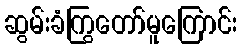
ဆွမ်းခံကြွတော်မူကြောင်း